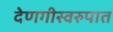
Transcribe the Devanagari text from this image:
देणगीस्वरुपात